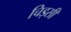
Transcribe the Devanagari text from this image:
चिड्सी